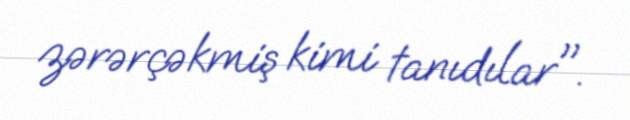
zərərçəkmiş kimi tanıdılar".